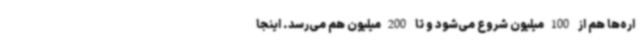
اره‌ها هم از 100میلیون شروع می‌شود و تا 200میلیون هم می‌رسد. اینجا